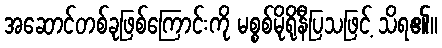
အဆောင်တစ်ခုဖြစ်ကြောင်းကို မစ္စစ်မိုရိုနီပြသဖြင့် သိရ၏။